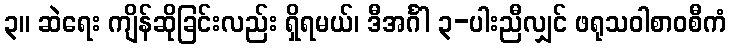
၃။ ဆဲရေး ကျိန်ဆိုခြင်းလည်း ရှိရမယ်၊ ဒီအင်္ဂါ ၃-ပါးညီလျှင် ဖရုသဝါစာဝစီကံ